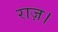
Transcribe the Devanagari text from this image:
राज़।